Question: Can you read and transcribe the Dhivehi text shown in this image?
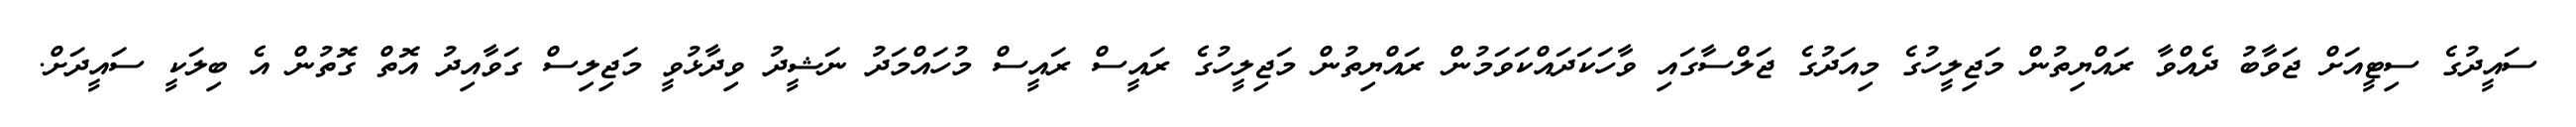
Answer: ސައީދުގެ ސިޓީއަށް ޖަވާބު ދެއްވާ ރައްޔިތުން މަޖިލީހުގެ މިއަދުގެ ޖަލްސާގައި ވާހަކަދައްކަވަމުން ރައްޔިތުން މަޖިލީހުގެ ރައީސް ރައީސް މުހައްމަދު ނަޝީދު ވިދާޅުވީ މަޖިލިސް ގަވާއިދު އޮތް ގޮތުން އެ ބިލަކީ ސައީދަށް.